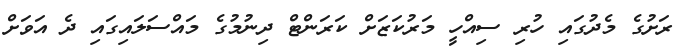
ރަށުގެ މެދުގައި ހުރި ސިއްހީ މަރުކަޒަށް ކަރަންޓް ދިނުމުގެ މައްސަލައިގައި ދެ އަވަށް